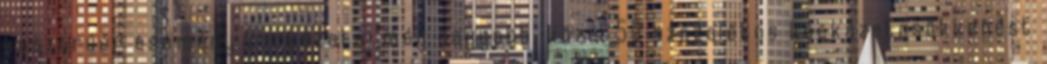
koszorúér esemény kockázata, még nagyobb, közel 50 százalékos kockázatcsökkenést